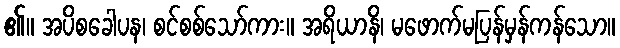
၏။ အပိစခေါပန၊ စင်စစ်သော်ကား။ အရိယာနိ၊ မဖောက်မပြန်မှန်ကန်သော။